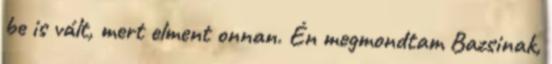
be is vált, mert elment onnan. Én megmondtam Bazsinak,